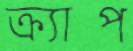
ক্র্যাপ